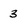
Character: 3